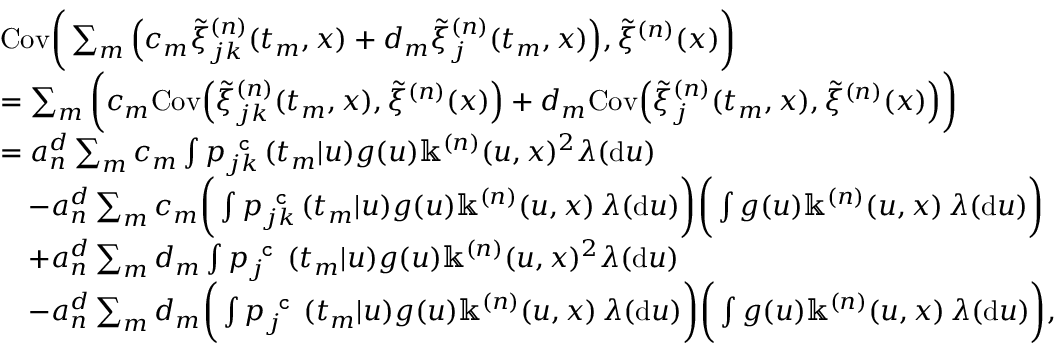
\begin{array} { r l } & { \mathrm { C o v } \bigg ( \sum _ { m } \Big ( c _ { m } \tilde { \xi } _ { j k } ^ { ( n ) } ( t _ { m } , x ) + d _ { m } \tilde { \xi } _ { j } ^ { ( n ) } ( t _ { m } , x ) \Big ) , \tilde { \xi } ^ { ( n ) } ( x ) \bigg ) } \\ & { = \sum _ { m } \bigg ( c _ { m } \mathrm { C o v } \Big ( \tilde { \xi } _ { j k } ^ { ( n ) } ( t _ { m } , x ) , \tilde { \xi } ^ { ( n ) } ( x ) \Big ) + d _ { m } \mathrm { C o v } \Big ( \tilde { \xi } _ { j } ^ { ( n ) } ( t _ { m } , x ) , \tilde { \xi } ^ { ( n ) } ( x ) \Big ) \bigg ) } \\ & { = a _ { n } ^ { d } \sum _ { m } c _ { m } \int p _ { j k } ^ { \texttt { c } } ( t _ { m } | u ) g ( u ) \mathbb { k } ^ { ( n ) } ( u , x ) ^ { 2 } \lambda ( \mathrm { d } u ) } \\ & { \quad - a _ { n } ^ { d } \sum _ { m } c _ { m } \bigg ( \int p _ { j k } ^ { \texttt { c } } ( t _ { m } | u ) g ( u ) \mathbb { k } ^ { ( n ) } ( u , x ) \, \lambda ( \mathrm { d } u ) \bigg ) \bigg ( \int g ( u ) \mathbb { k } ^ { ( n ) } ( u , x ) \, \lambda ( \mathrm { d } u ) \bigg ) } \\ & { \quad + a _ { n } ^ { d } \sum _ { m } d _ { m } \int p _ { j } ^ { \texttt { c } } ( t _ { m } | u ) g ( u ) \mathbb { k } ^ { ( n ) } ( u , x ) ^ { 2 } \lambda ( \mathrm { d } u ) } \\ & { \quad - a _ { n } ^ { d } \sum _ { m } d _ { m } \bigg ( \int p _ { j } ^ { \texttt { c } } ( t _ { m } | u ) g ( u ) \mathbb { k } ^ { ( n ) } ( u , x ) \, \lambda ( \mathrm { d } u ) \bigg ) \bigg ( \int g ( u ) \mathbb { k } ^ { ( n ) } ( u , x ) \, \lambda ( \mathrm { d } u ) \bigg ) , } \end{array}